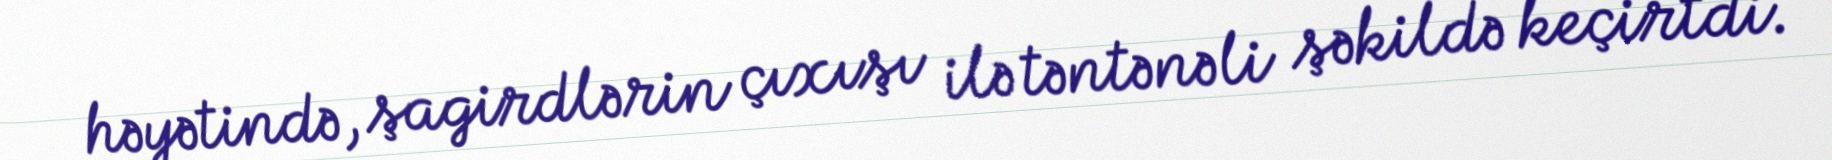
həyətində, şagirdlərin çıxışı ilə təntənəli şəkildə keçirtdi.